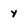
Character: y